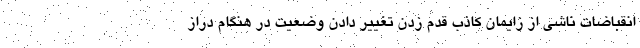
انقباضات ناشی از زایمان کاذب قدم زدن تغییر دادن وضعیت در هنگام دراز